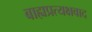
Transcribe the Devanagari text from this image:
बाह्यप्रत्यक्षवाद